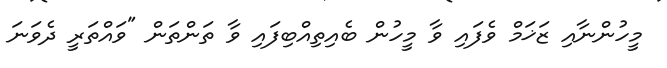
މީހުންނާއި ޒަޚަމް ވެފައި ވާ މީހުން ބެއިތިއްބިފައި ވާ ތަންތަން "ވައްތަރީ ދެވަނަ